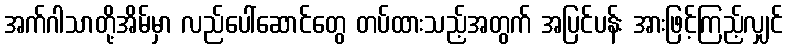
အက်ဂါသာတို့အိမ်မှာ လည်ပေါ်ဆောင်တွေ တပ်ထားသည့်အတွက် အပြင်ပန်း အားဖြင့်ကြည့်လျှင်